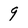
Character: 9